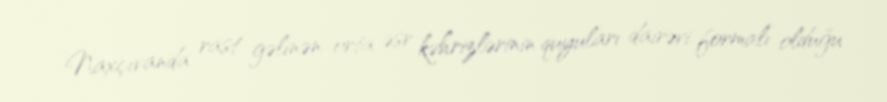
Naxçıvanda rast gəlinən orta əsr kəhrizlərinin quyuları dairəvi formalı olduğu